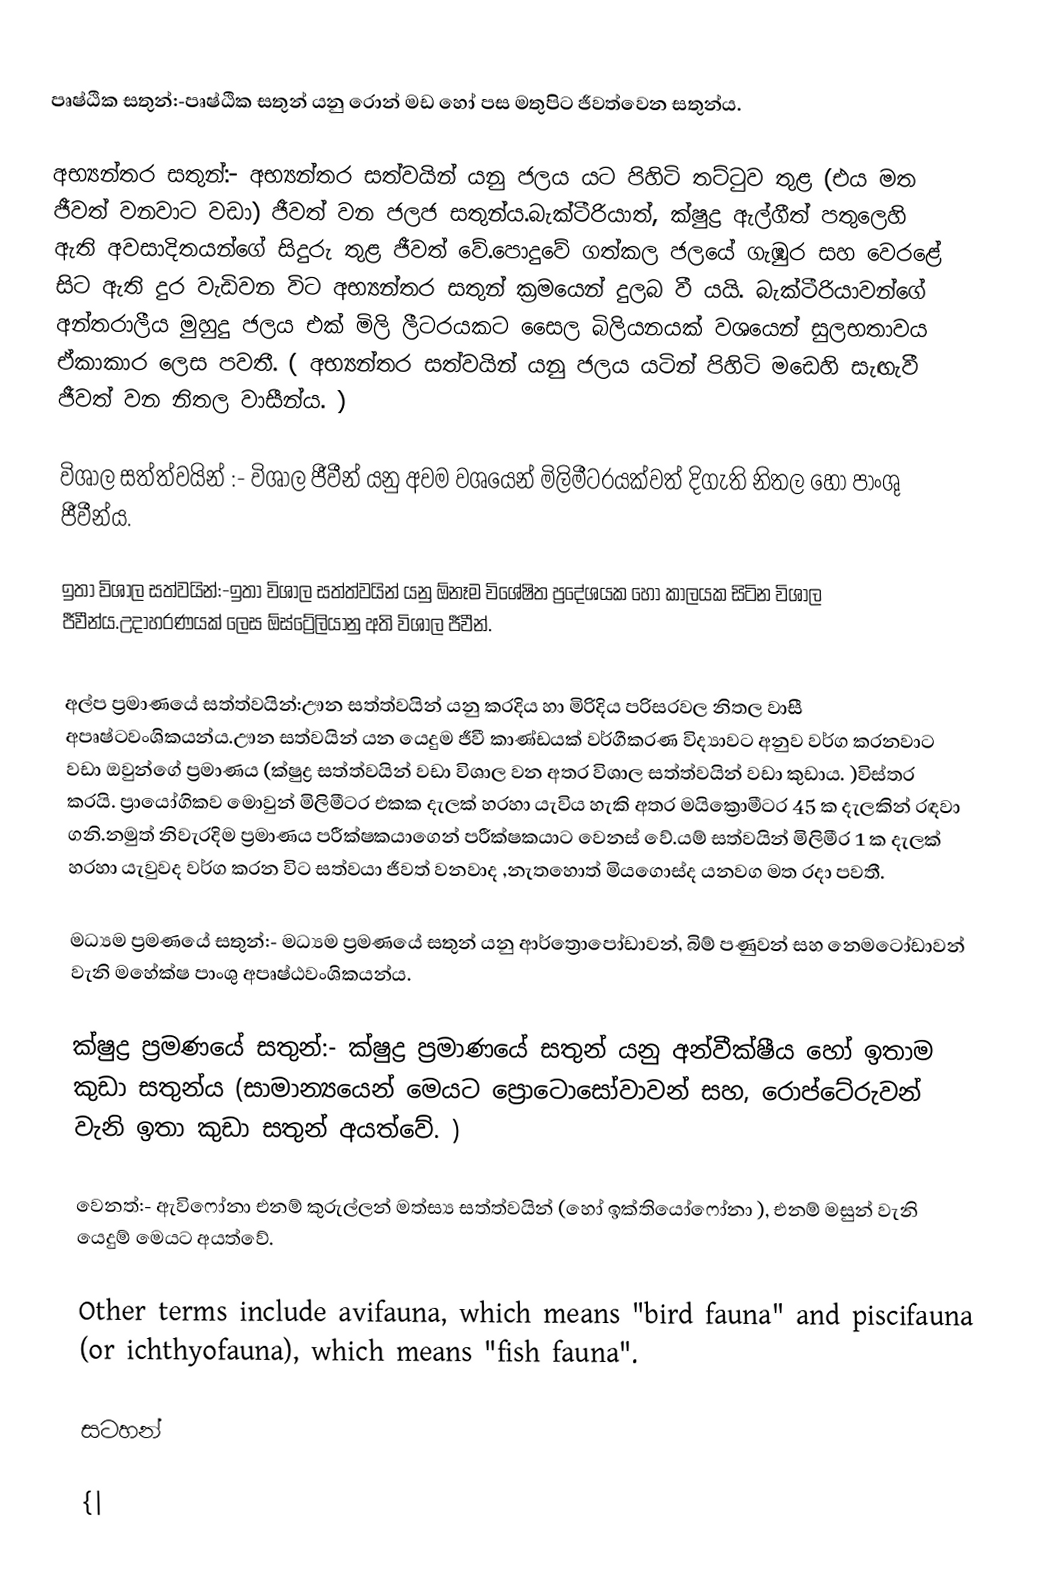
පෘෂ්ඨික සතුන්:-පෘෂ්ඨික සතුන් යනු රොන් මඩ හෝ පස මතුපිට ජීවත්වෙන සතුන්ය.

අභ්‍යන්තර සතුන්:- අභ්‍යන්තර සත්වයින් යනු ජලය යට පිහිටි තට්ටුව තුළ (එය මත ජීවත් වනවාට වඩා) ජීවත් වන ජලජ සතුන්ය.බැක්ටීරියාත්, ක්ෂුද්‍ර ඇල්ගීත් පතුලෙහි ඇති අවසාදිතයන්ගේ සිදුරු තුළ ජීවත් වේ.පොදුවේ ගත්කල ජලයේ ගැඹුර සහ වෙරළේ සිට ඇති දුර වැඩිවන විට අභ්‍යන්තර සතුන් ක්‍රමයෙන් දුලබ වී යයි. බැක්ටීරියාවන්ගේ අන්තරාලීය මුහුදු ජලය එක් මිලි ලීටරයකට සෛල බිලියනයක් වශයෙන් සුලභතාවය ඒකාකාර ලෙස පවතී. ( අභ්‍යන්තර සත්වයින් යනු ජලය යටින් පිහිටි මඩෙහි සැඟැවී ජීවත් වන නිතල වාසීන්ය. )

විශාල සත්ත්වයින් :- විශාල ජීවීන් යනු අවම වශයෙන් මිලිමීටරයක්වත් දිගැති නිතල හෝ පාංශු ජීවීන්ය.

ඉතා විශාල සත්වයින්:-ඉතා විශාල සත්ත්වයින් යනු ඕනෑම විශේෂිත ප්‍රදේශයක හෝ කාලයක සිටින විශාල ජීවීන්ය.උදාහරණයක් ලෙස ඕස්ට්‍රේලියානු අති විශාල ජීවීන්.
‍
අල්ප ප්‍රමාණයේ සත්ත්වයින්:ඌන සත්ත්වයින් යනු කරදිය හා මිරිදිය පරිසරවල නිතල වාසී අපෘෂ්ටවංශිකයන්ය.ඌන සත්වයින් යන යෙදුම ජීවී කාණ්ඩයක් වර්ගීකරණ විද්‍යාවට අනුව වර්ග කරනවාට වඩා ඔවුන්ගේ ප්‍රමාණය (ක්ෂුද්‍ර සත්ත්වයින් වඩා විශාල වන අතර විශාල සත්ත්වයින් වඩා කුඩාය. )විස්තර කරයි. ප්‍රායෝගිකව මොවුන් මිලිමීටර එකක දැලක් හරහා යැවිය හැකි අතර මයික්‍රොමීටර 45 ක දැලකින් රඳවා ගනි.නමුත් නිවැරදිම ප්‍රමාණය පරීක්ෂකයාගෙන් පරීක්ෂකයාට වෙනස් වේ.යම් සත්වයින් මිලිමීර 1 ක දැලක් හරහා යැවුවද වර්ග කරන විට සත්වයා ජීවත් වනවාද ,නැතහොත් මියගොස්ද යනවග මත රදා පවතී.

මධ්‍යම ප්‍රමණයේ සතුන්:- මධ්‍යම ප්‍රමණයේ සතුන් යනු ආර්ත්‍රොපෝඩාවන්, බිම් පණුවන් සහ නෙමටෝඩාවන් වැනි මහේක්ෂ පාංශු අපෘෂ්ඨවංශිකයන්ය.

ක්ෂුද්‍ර ප්‍රමණයේ සතුන්:- ක්ෂුද්‍ර ප්‍රමාණයේ සතුන් යනු අන්වීක්ෂීය හෝ ඉතාම කුඩා සතුන්ය (සාමාන්‍යයෙන් මෙයට ප්‍රොටොසෝවාවන් සහ, රොප්ටේරුවන් වැනි ඉතා කුඩා සතුන් අයත්වේ. )

වෙනත්:- ඇවිෆෝනා එනම් කුරුල්ලන් මත්ස්‍ය සත්ත්වයින් (හෝ ඉක්තියෝෆෝනා ), එනම් මසුන් වැනි යෙදුම් මෙයට අයත්වේ.

Other terms include avifauna, which means "bird fauna" and piscifauna (or ichthyofauna), which means "fish fauna".

සටහන්

{|